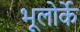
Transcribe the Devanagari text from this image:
भूलोर्के